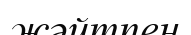
жәйтпен